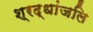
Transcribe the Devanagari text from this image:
श्रद्धांजलि